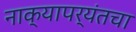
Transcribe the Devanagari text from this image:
नाक्‍यापर्यंतचा